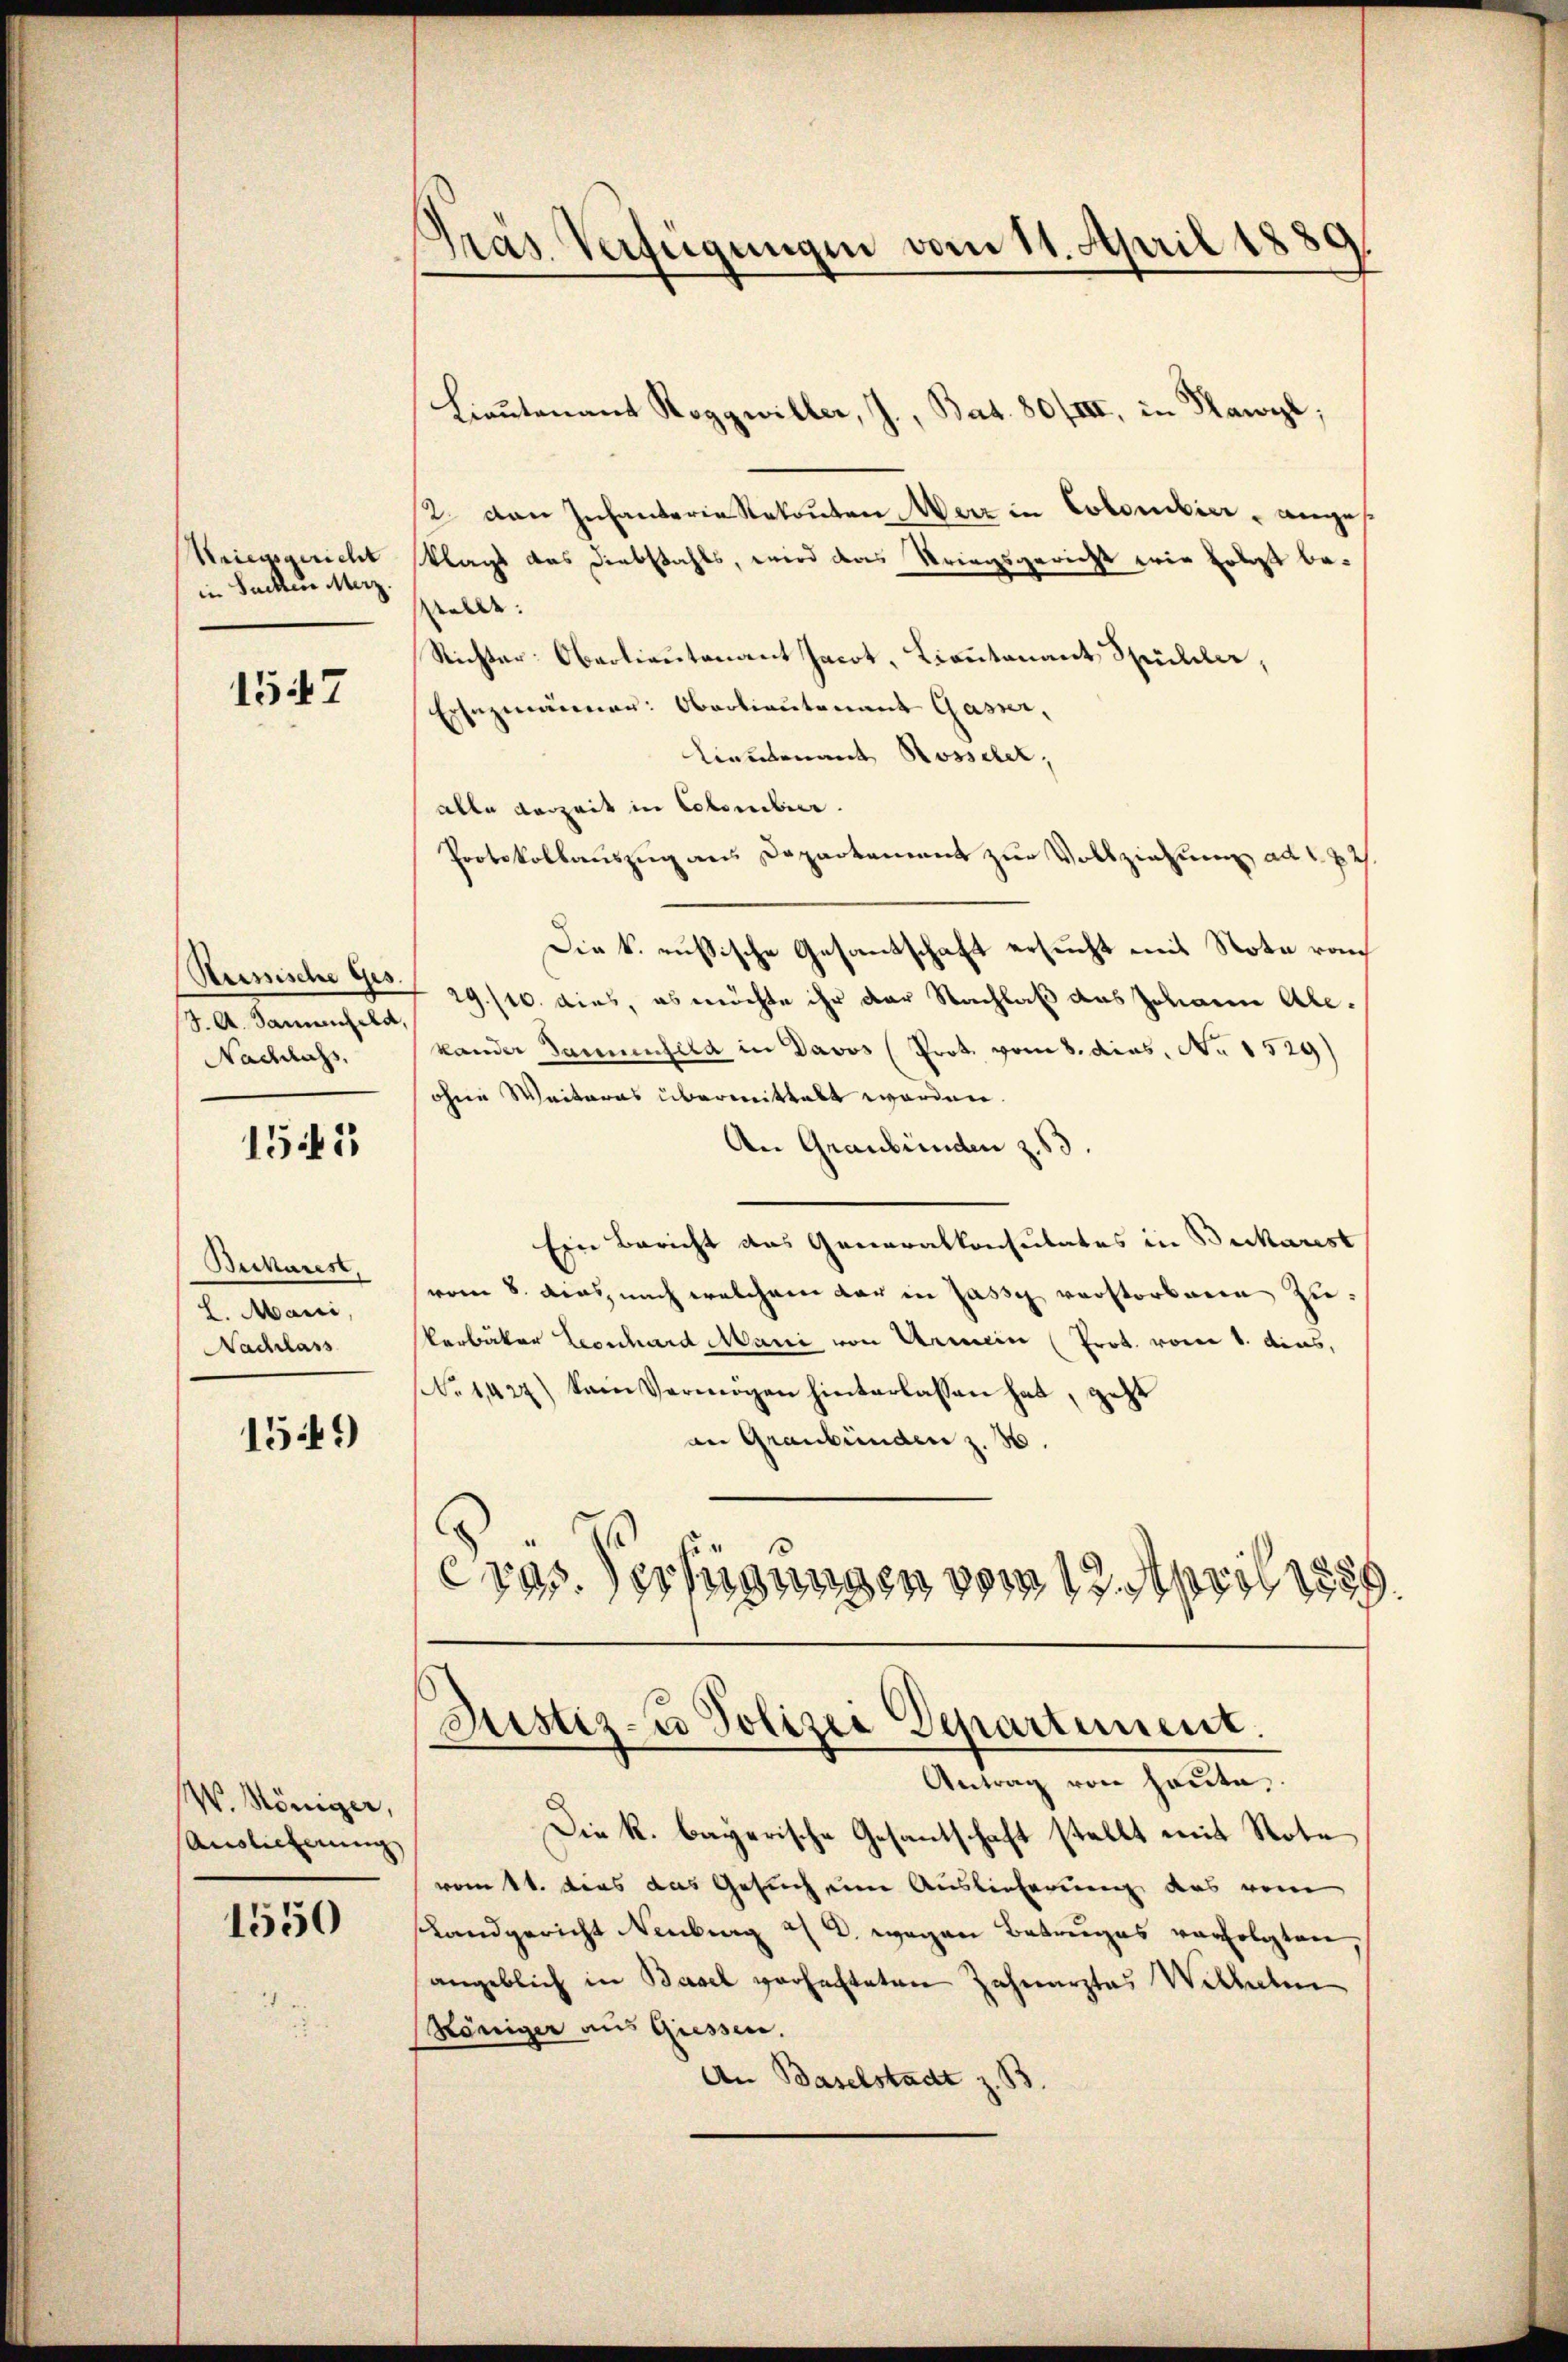
Kriegsgericht
in Sachen Merz.

1547

Reissische Ges.
J. A. Sanenfeld,
Nachlass,

1545

Beckarest,
8. Mani,
Nachlass

1549

W. Königer,
Auslieferung

1550

Gras Verfügungen vom 11. April 1889

2. von Infanterie Rekonten Merz in Colombier, anges
sklagt das Diebstahls, wird das Kriegsgericht wie folgt bestelle. |
Richter Oberlieutenant Jacot, Lieutenant Spilla,
Ersezmänner: Oberlieutenant Gasser,
Lieutenant Rosseler,
alle Verzeit in November.
Protokollauszug aus Departement zur Vollziehung ad 1. 7 2/
Die k. russische Gesantschaft ersucht mit Note rau
29./10. dies, es möchte ihr der Nachlaß das Johann Ale-
kander Sammenfeld in Davos (Prot. vom 8. dies, No 1529)
ohne Weiteras übermittalt worden.
An Graubünden z. B.
Eine Bericht das Generalkonsulates in Bickarest
vom 8. dies, nach welchem dar in Jassy verstorbene Zukerbäker Leonhard Mani von Armein (Prot. vom 1. das,
(No 1422) Sein Vermögen hinterlassen hat, geht
an Graubünden z. B.
eras Verfügungen vom 13. April 1889.
Justiz- u Polizei Departement.
Antrag von heute,
Die k. bayerische Gesantschaft stellt mit Note,
vom 1t. dies das Gesuch eine Auslieferung das vom
Landgericht Neuberg a/d. wegen Betruges verfolgten,
angeblich in Basel verhafteten Zahnarztes Wilhelm
(Königer aus Giessen.
An Baselstadt z. B.

Lieutenant Roggwiller, J., Bat. 80/III, in Hawyl;